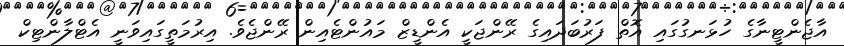
އާޖެންޓީނާގެ ހުޅަނގުގައި އޮތް ފަރުބަދައިގެ ރޭންޖަކީ އެންޑީޒް މައުންޓެއިން ރޭންޖެވެ. އިރުމަތީގައިވަނީ އެޓްލާންޓިކް